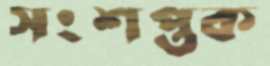
সংশপ্তক